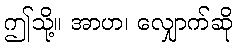
ဤသို့။ အာဟ၊ လျှောက်ဆို